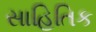
સાહિતિક